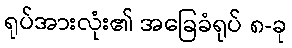
ရုပ်အားလုံး၏ အခြေခံရုပ် ၈-ခု